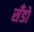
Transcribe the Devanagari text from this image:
सँडो